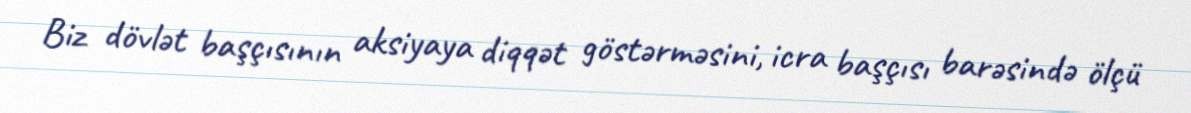
Biz dövlət başçısının aksiyaya diqqət göstərməsini, icra başçısı barəsində ölçü